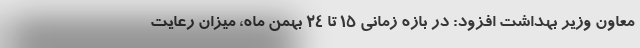
معاون وزیر بهداشت افزود: در بازه زمانی ۱۵ تا ۲۴ بهمن ماه، میزان رعایت